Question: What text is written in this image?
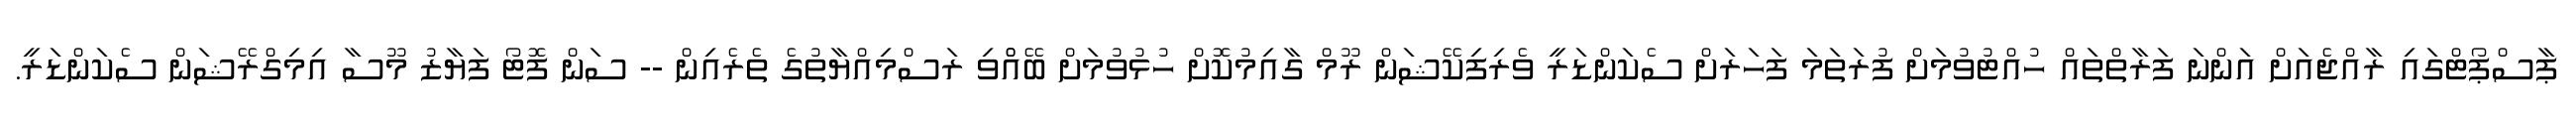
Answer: ޕާސްޕޯޓްގައި ރާއްޖެއަށް އަންނަ ފަރާތްތައް ހުއްޓުވުމަށް ފުރަތަމަ ފަހަރަށް ސެކަންޑަރީ ވެރިފިކޭޝަން ރޫމް ގާއިމުކޮށް ހުޅުވުމަށް ބޭއްްވި ރަސްމިއްޔާތުގެ ތެރެއިން -- ސަން ފޮޓޯ ފަޔާޒު މޫސާ އިމިގްރޭޝަން ސެކަންޑަރީ.